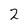
Character: 2